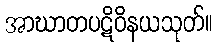
အာဃာတပဋိဝိနယသုတ်။